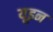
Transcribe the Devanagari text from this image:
यूइन